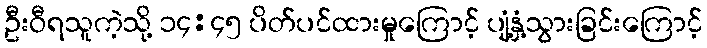
ဦးဝီရသူကဲ့သို့ ၁၄:၄၅ ပိတ်ပင်ထားမှုကြောင့် ပျံ့နှံ့သွားခြင်းကြောင့်